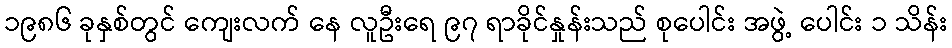
၁၉၈၆ ခုနှစ်တွင် ကျေးလက် နေ လူဦးရေ ၉၇ ရာခိုင်နှုန်းသည် စုပေါင်း အဖွဲ့ ပေါင်း ၁ သိန်း